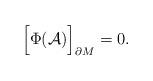
LaTeX: \begin{align*}\Bigr[\Phi({\cal A})\Bigr]_{\partial M}=0 .\end{align*}